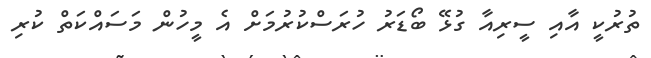
ތުރުކީ އާއި ސީރިއާ ގުޅޭ ބޯޑަރު ހުރަސްކުރުމަށް އެ މީހުން މަސައްކަތް ކުރި